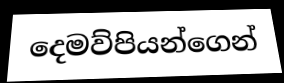
දෙමව්පියන්ගෙන්